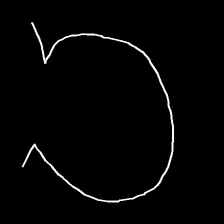
Glyph: weave